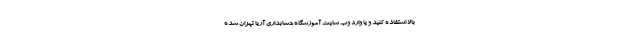
بالا استفاده کنید و یا وارد وب سایت آموزشگاه حسابداری آریا تهران شده